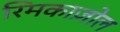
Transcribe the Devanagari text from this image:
रिमकाज़ोल